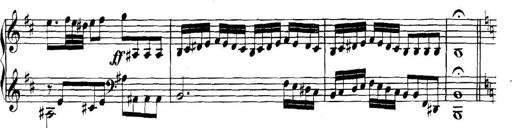
Title: Collected Piano Sonatas
Composer: Muzio Clementi